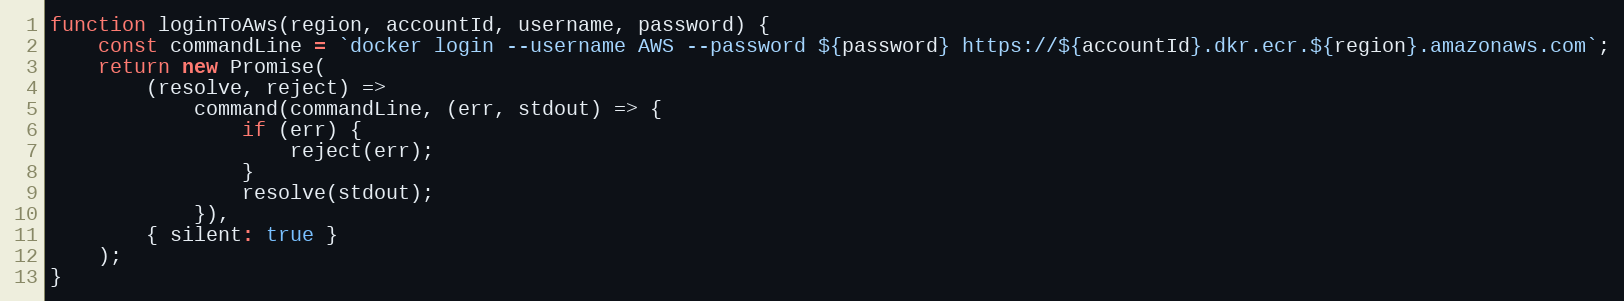
Language: JavaScript
function loginToAws(region, accountId, username, password) {
    const commandLine = `docker login --username AWS --password ${password} https://${accountId}.dkr.ecr.${region}.amazonaws.com`;
    return new Promise(
        (resolve, reject) =>
            command(commandLine, (err, stdout) => {
                if (err) {
                    reject(err);
                }
                resolve(stdout);
            }),
        { silent: true }
    );
}